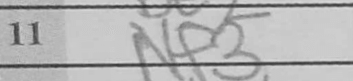
Transcription: Nf3